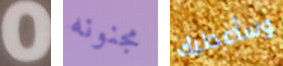
0 مجنونه وسأعطيك